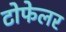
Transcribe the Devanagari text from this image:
टोफेलर